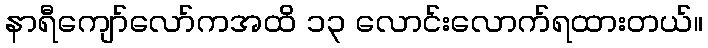
နာရီကျော်လော်ကအထိ ၁၃ လောင်းလောက်ရထားတယ်။